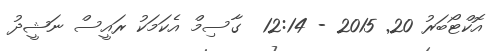
އޮކްޓޯބަރު 20